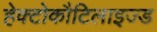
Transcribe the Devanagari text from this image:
हेक्टोकौटिलाइज्ड